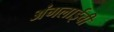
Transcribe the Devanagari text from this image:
अंगलाईची